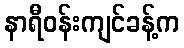
နာရီဝန်းကျင်ခန့်က